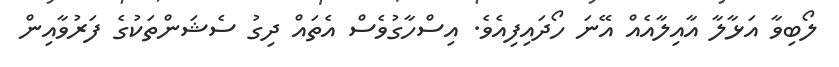
ލޯބިވާ އަޅާލާ އާއިލާއެއް އޭނަ ހޯދައިފިއެވެ. އިސްހާގުވެސް އެތައް ދިގު ސެޝަންތަކުގެ ފަރުވާއިން